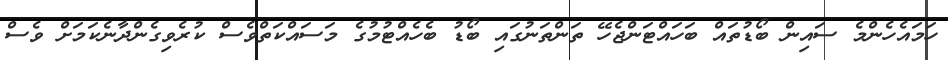
ހަމައެހެންމެ ސައިން ބޯޑުތައް ބަހައްޓަންޖެހޭ ތަންތަނުގައި ބޯޑު ބެހެއްޓުމުގެ މަސައްކަތްވެސް ކުރެވިގެންދާނެކަމަށް ވެސް